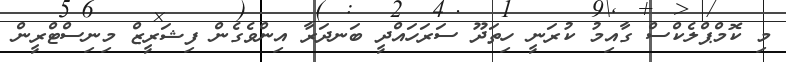
މި ކޮމްޕްލެކްސް ގާއިމު ކުރަނީ ހިތަދޫ ސަރަހައްދީ ބަނދަރާ އިންވެގެން ފިޝަރީޒް މިނިސްޓްރީން